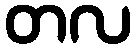
တလ